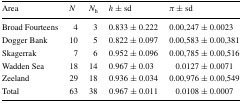
| Area | N | Nh | h ± sd | π ± sd |
 | --- | --- | --- | --- | --- |
 | Broad Fourteens | 4 | 3 | 0.833 ± 0.222 | 0.00,247 ± 0.0023 |
 | Dogger Bank | 10 | 5 | 0.822 ± 0.097 | 0.00,583 ± 0.00,381 |
 | Skagerrak | 7 | 6 | 0.952 ± 0.096 | 0.00,785 ± 0.00,516 |
 | Wadden Sea | 18 | 14 | 0.967 ± 0.03 | 0.0127 ± 0.0071 |
 | Zeeland | 29 | 18 | 0.936 ± 0.034 | 0.00,976 ± 0.00,549 |
 | Total | 63 | 38 | 0.967 ± 0.011 | 0.0108 ± 0.0007 |